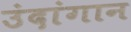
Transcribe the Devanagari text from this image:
उंदांगान